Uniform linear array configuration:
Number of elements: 24
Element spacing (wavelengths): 0.25
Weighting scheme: blackman
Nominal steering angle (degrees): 0
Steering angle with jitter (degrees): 1.089
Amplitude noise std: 0.05
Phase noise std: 0.05

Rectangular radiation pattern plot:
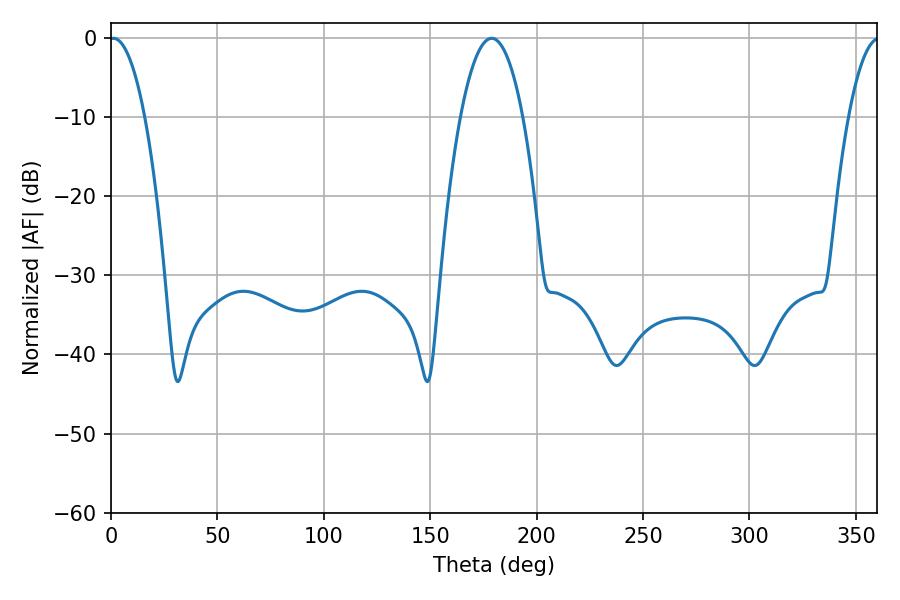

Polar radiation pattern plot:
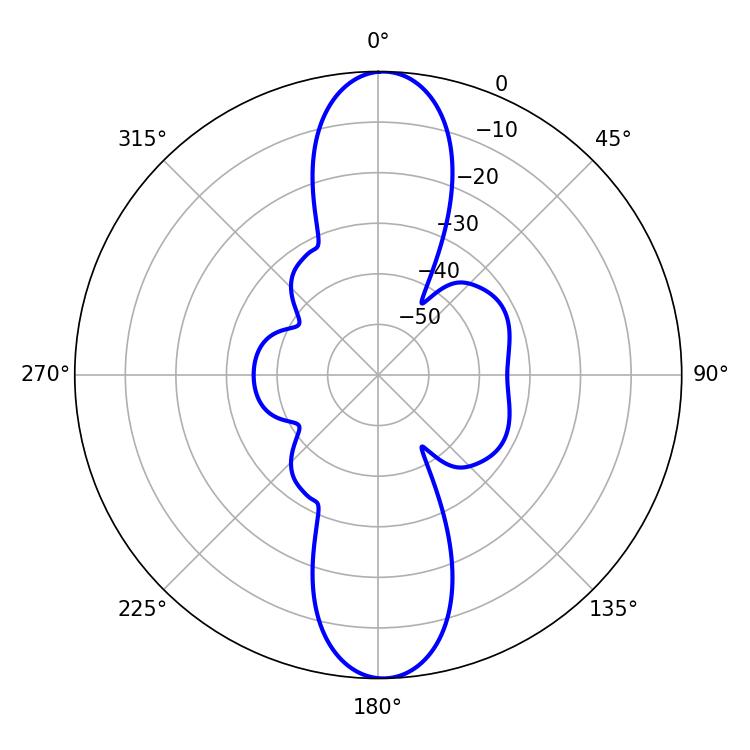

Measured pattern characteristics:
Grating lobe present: FALSE
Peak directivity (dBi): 22.064
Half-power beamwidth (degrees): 9.18
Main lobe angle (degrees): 1.08